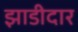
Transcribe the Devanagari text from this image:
झाडीदार